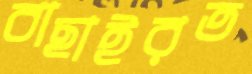
বাছাইরত